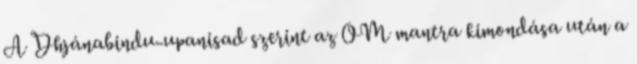
A Dhjánabindu-upanisad szerint az OM mantra kimondása után a